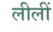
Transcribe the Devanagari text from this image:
लीलीं